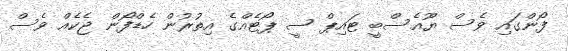
ފޯންގައި ވެސް ޔޫއެސްބީ ޓައިޕް ސީ ޕޯޓެއްގެ އިތުރުން ހެޑްފޯން ޖެކެއް ވެސް